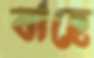
বাহে